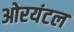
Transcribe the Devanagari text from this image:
ओरयंटल